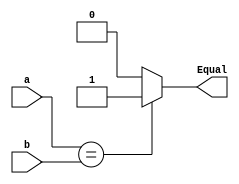
`timescale 1ns / 1ps
//////////////////////////////////////////////////////////////////////////////////
// Company: 
// Engineer: 
// 
// Design Name: 
// Module Name: Equal
// Project Name: 
// Target Devices: 
// Tool Versions: 
// Description: 
// 
// Dependencies: 
// 
// Revision:
// Revision 0.01 - File Created
// Additional Comments:
// 
//////////////////////////////////////////////////////////////////////////////////


module Equal( input [31:0] a,b, output reg Equal

    );
    
    always @*
    begin
    if(a==b)
    Equal = 1;
    else
    Equal = 0;
    
    end
endmodule